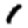
Digit: 1